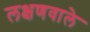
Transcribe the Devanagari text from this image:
लक्षणवाले